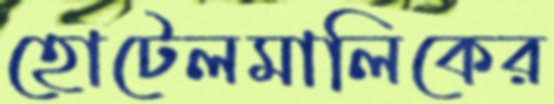
হোটেলমালিকের